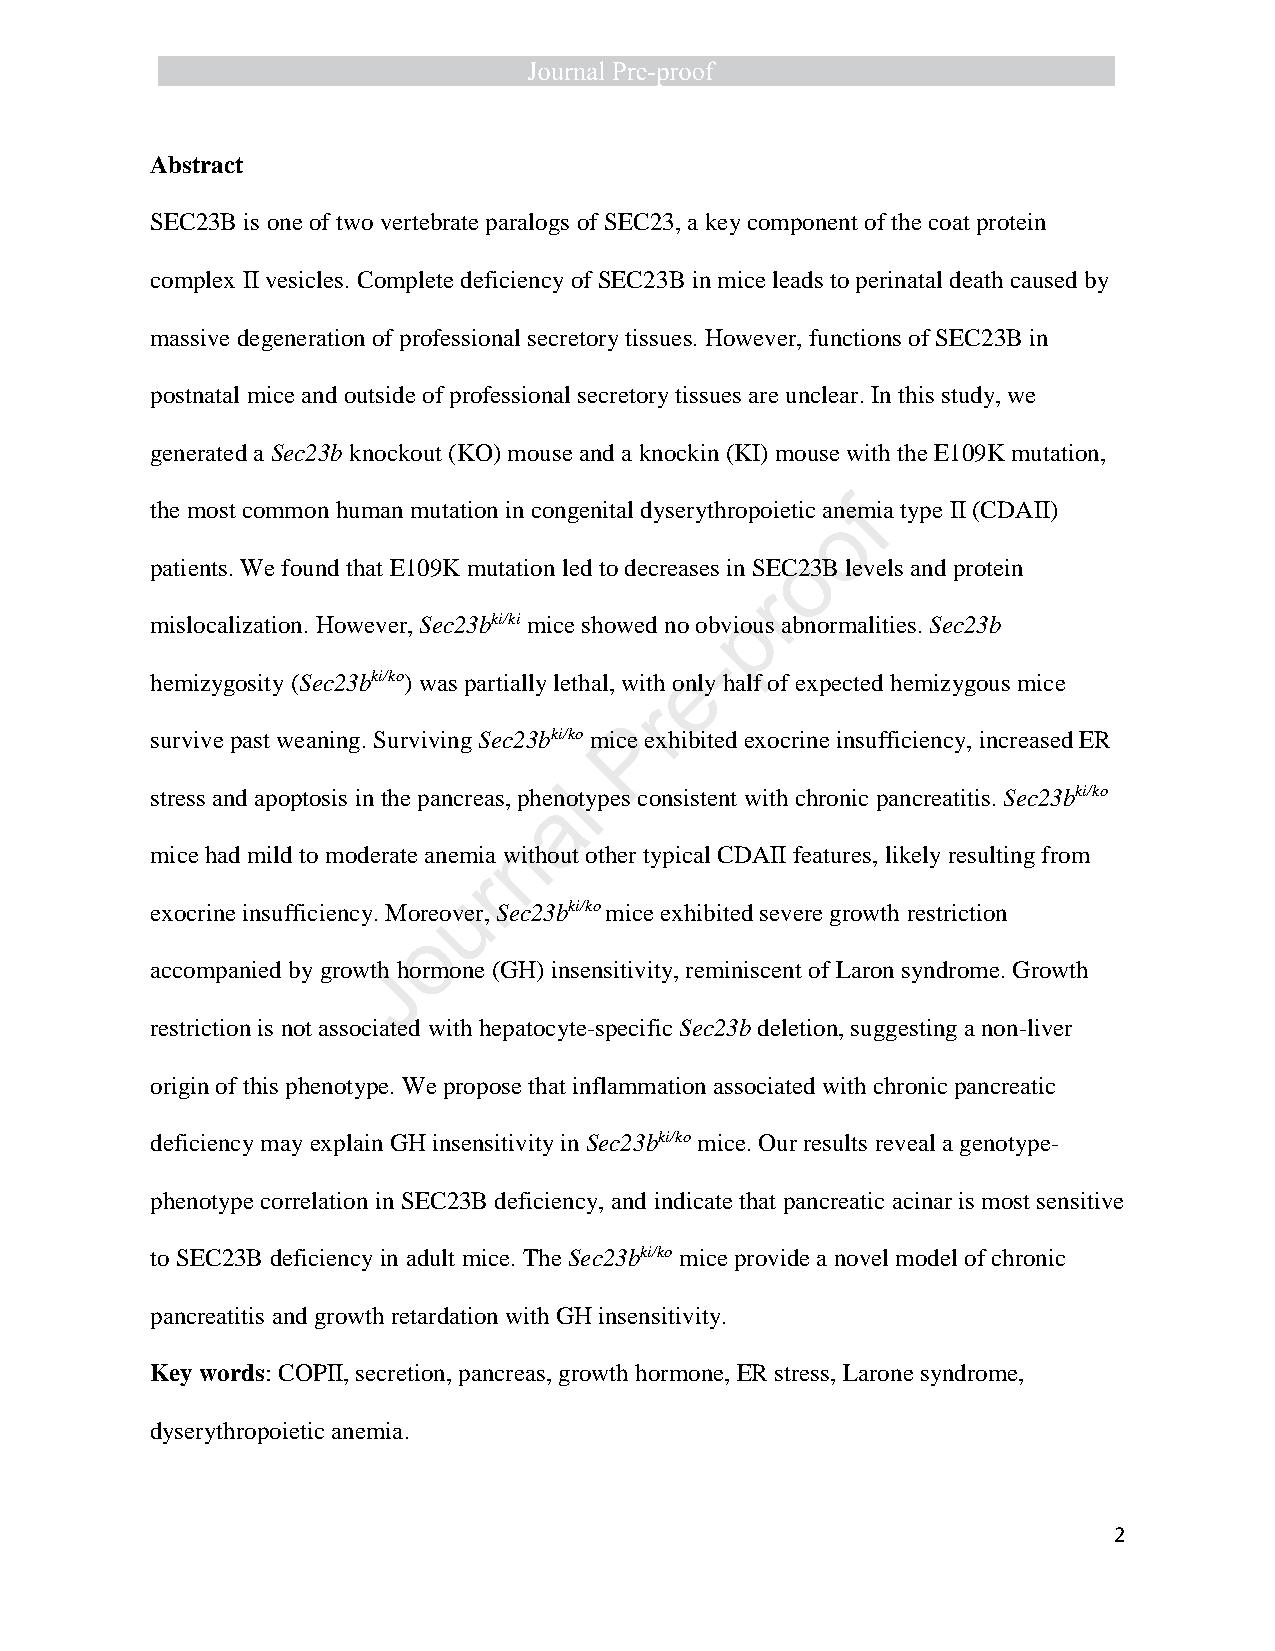
Abstract
 SEC23B is one of two vertebrate paralogs of SEC23, a key component of the coat protein
 complex II vesicles. Complete deficiency of SEC23B in mice leads to perinatal death caused by
 massive degeneration of professional secretory tissues. However, functions of SEC23B in
 postnatal mice and outside of professional secretory tissues are unclear. In this study, we
 generated a Sec23b knockout (KO) mouse and a knockin (KI) mouse with the E109K mutation,
 the most common human mutation in congenital dyserythropoietic anefmia type II (CDAII)
 o
 o
 patients. We found that E109K mutation led to decreases in SEC23B levels and protein
 r
 mislocalization. However, Sec23bki/ki mice showed no obviop us abnormalities. Sec23b
 -
 hemizygosity (Sec23bki/ko) was partially lethal, with oe nly half of expected hemizygous mice
 r
 survive past weaning. Surviving Sec23bki/ko micP e exhibited exocrine insufficiency, increased ER
 stress and apoptosis in the pancreas, phenlotypes consistent with chronic pancreatitis. Sec23bki/ko
 a
 n
 mice had mild to moderate anemia without other typical CDAII features, likely resulting from
 r
 u
 exocrine insufficiency. Moreover, Sec23bki/ko mice exhibited severe growth restriction
 o
 accompanied by growthJ hormone (GH) insensitivity, reminiscent of Laron syndrome. Growth
 restriction is not associated with hepatocyte-specific Sec23b deletion, suggesting a non-liver
 origin of this phenotype. We propose that inflammation associated with chronic pancreatic
 deficiency may explain GH insensitivity in Sec23bki/ko mice. Our results reveal a genotype-
 phenotype correlation in SEC23B deficiency, and indicate that pancreatic acinar is most sensitive
 to SEC23B deficiency in adult mice. The Sec23bki/ko mice provide a novel model of chronic
 pancreatitis and growth retardation with GH insensitivity.
 Key words: COPII, secretion, pancreas, growth hormone, ER stress, Larone syndrome,
 dyserythropoietic anemia.
 2